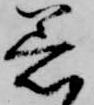
着